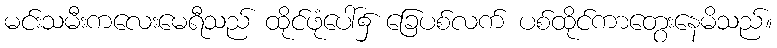
မင်းသမီးကလေးမေရီသည် ထိုင်ဖုံပေါ်၌ ခြေပစ်လက် ပစ်ထိုင်ကာတွေးနေမိသည်။